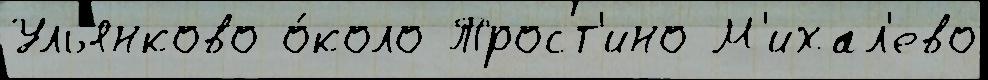
Ульянково о́коло Трост'ино М'ихал'ево